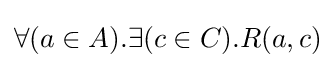
\forall (a\in A).\exists (c\in C).R(a,c)